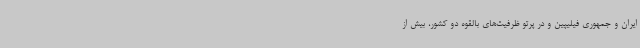
ایران و جمهوری فیلیپین و در پرتو ظرفیت‌های بالقوه دو کشور، بیش از